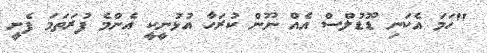
"ހަމަ އެކަނި ޑޫޑުލްސް އެއް ނޫން ކުރަހާ އުޅުނީކީ އެންމެ ފުރަތަމަ ފެށީ